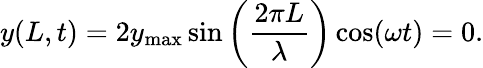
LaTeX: y(L,t)=2y_{\mathrm{max}}\sin\left({\frac{2\pi L}{\lambda}}\right)\cos(\omega t)=0.